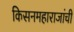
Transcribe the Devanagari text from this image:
किसनमहाराजांची